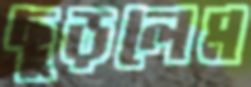
ছুড়লেম